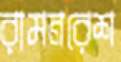
রামনরেশ